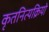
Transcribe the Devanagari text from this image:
कृतनित्यक्रियो